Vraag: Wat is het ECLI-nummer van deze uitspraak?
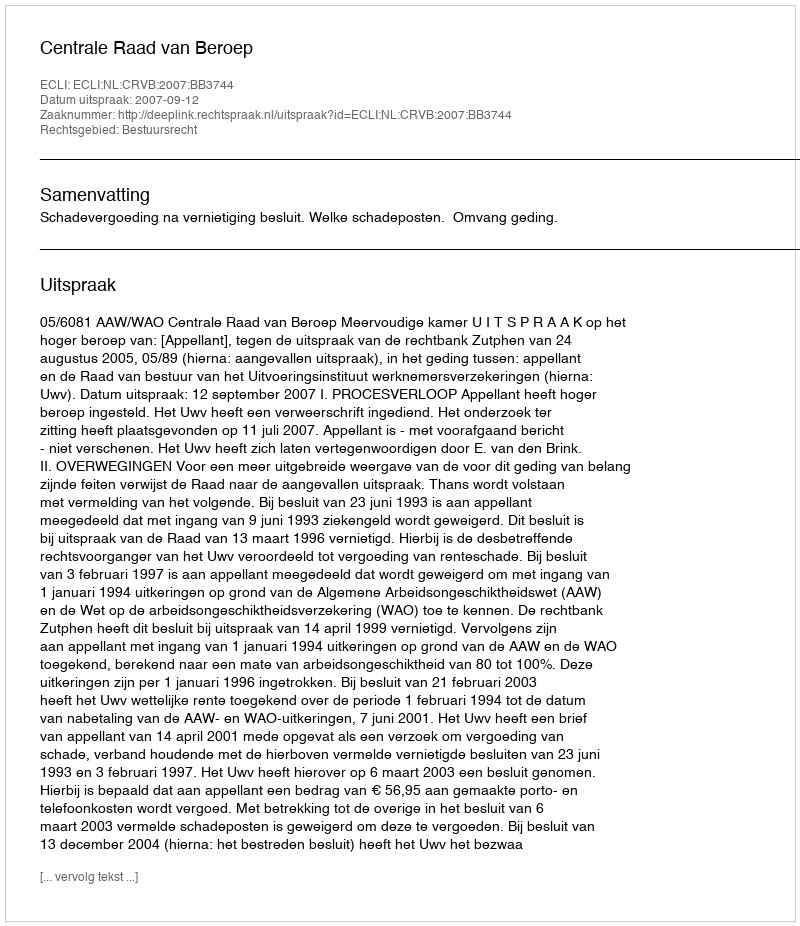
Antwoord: ECLI:NL:CRVB:2007:BB3744